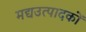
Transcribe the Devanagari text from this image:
मद्यउत्पादकों